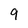
Character: 9